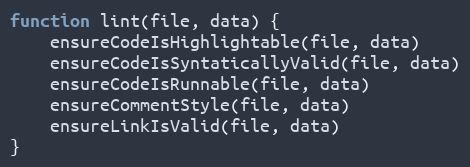
Language: JavaScript
function lint(file, data) {
	ensureCodeIsHighlightable(file, data)
	ensureCodeIsSyntaticallyValid(file, data)
	ensureCodeIsRunnable(file, data)
	ensureCommentStyle(file, data)
	ensureLinkIsValid(file, data)
}